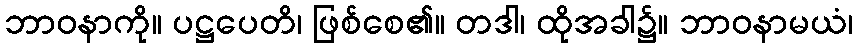
ဘာဝနာကို။ ပဋ္ဌပေတိ၊ ဖြစ်စေ၏။ တဒါ၊ ထိုအခါ၌။ ဘာဝနာမယံ၊